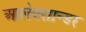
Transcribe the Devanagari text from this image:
आलेक्सान्डर